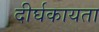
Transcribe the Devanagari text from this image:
दीर्घकायता